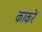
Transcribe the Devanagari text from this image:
काकरे